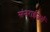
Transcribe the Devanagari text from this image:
संनराईजर्स